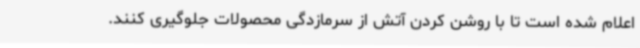
اعلام شده است تا با روشن کردن آتش از سرمازدگی محصولات جلوگیری کنند.